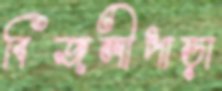
বিজলীপাড়া